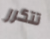
تتكرر